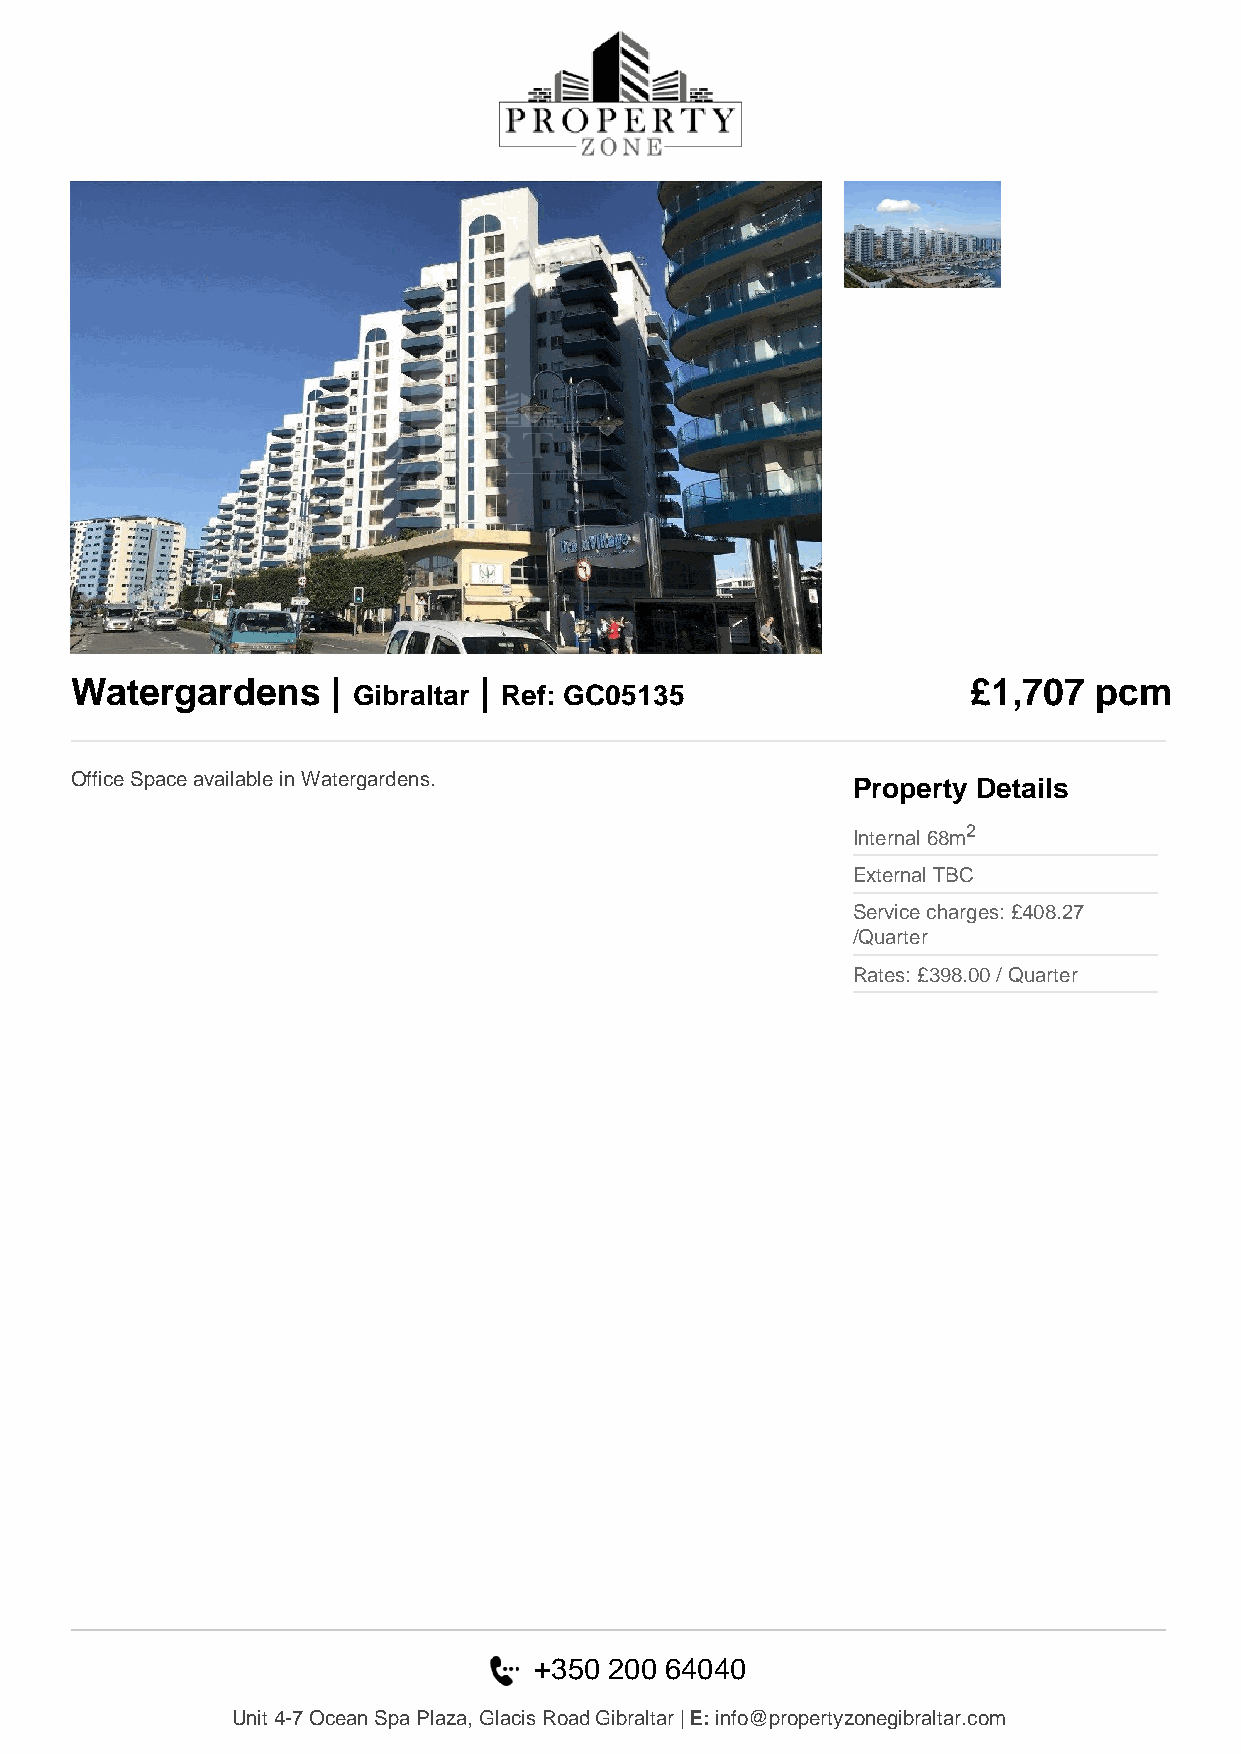
Watergardens     |         |                               £1,707  pcm
 Gibraltar Ref: GC05135
 Office Space available in Watergardens.            Property Details
 2
 Internal 68m
 External TBC
 Service charges: £408.27
 /Quarter
 Rates: £398.00 / Quarter
 +350 200 64040
 Unit 4-7 Ocean Spa Plaza, Glacis Road Gibraltar | E: info@propertyzonegibraltar.com